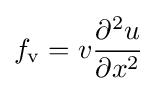
f_{\mathrm {v} }=v{\frac {\partial ^{2}u}{\partial x^{2}}}